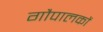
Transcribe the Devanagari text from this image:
गौपालकों